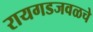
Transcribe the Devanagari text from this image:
रायगडजवळचे